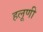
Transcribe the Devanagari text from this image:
हलूणी